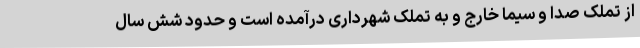
از تملک صدا و سیما خارج و به تملک شهرداری درآمده است و حدود شش سال